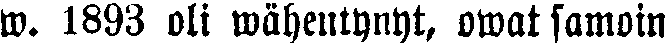
w. 1893 oli wähentynyt, owat samoin